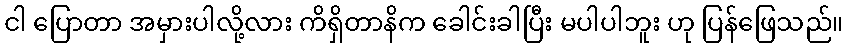
ငါ ပြောတာ အမှားပါလို့လား ကိရှိတာနိက ခေါင်းခါပြီး မပါပါဘူး ဟု ပြန်ဖြေသည်။